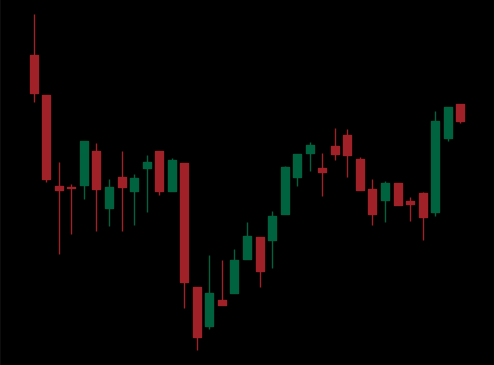
Pattern: inverse_head_shoulders